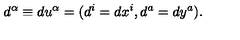
d ^ { \alpha } \equiv d u ^ { \alpha } = ( d ^ { i } = d x ^ { i } , d ^ { a } = d y ^ { a } ) .